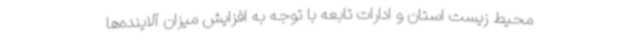
محیط زیست استان و ادارات تابعه با توجه به افزایش میزان آلاینده‌ها